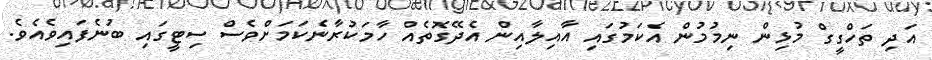
އަދި ތަހްގީގް މުޅިން ނިމުމުން އެކަމުގައި އާއިލާއިން އެދޭގޮތެއް ހާމަކުރާނެކަމަށްވެސް ސިޓީގައި ބުނެފައިވެއެވެ.